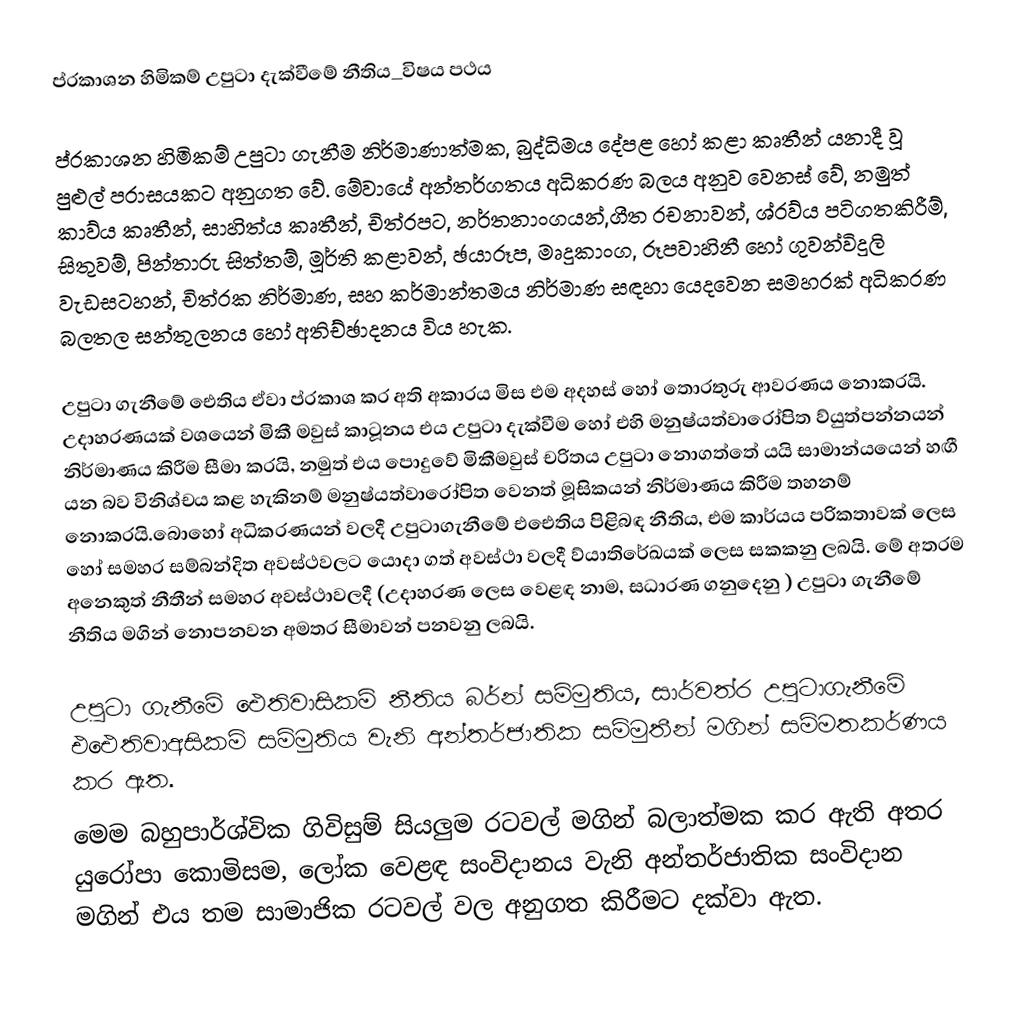
ප්රකාශන හිමිකම් උපුටා දැක්වීමේ නීතිය_විෂය පථය

ප්රකාශන හිමිකම් උපුටා ගැනීම නිර්මාණාත්මක, බුද්ධිමය දේපළ හෝ කළා කෘතීන් යනාදී වූ පුළුල් පරාසයකට අනුගත වේ. මේවායේ අන්තර්ගතය අධිකරණ බලය අනුව වෙනස් වේ, නමුත් කාව්ය කෘතීන්, සාහිත්ය කෘතීන්, චිත්රපට, නර්තනාංගයන්,ගීත රචනාවන්, ශ්රව්ය පටිගතකිරීම්, සිතුවම්, පින්තාරු සිත්තම්, මූර්ති කළාවන්, ඡයාරූප, මෘදුකාංග, රූපවාහිනී හෝ ගුවන්විදුලි වැඩසටහන්, චිත්රක නිර්මාණ, සහ කර්මාන්තමය නිර්මාණ සඳහා යෙදවෙන සමහරක් අධිකරණ බලතල සන්තුලනය හෝ අතිච්ඡාදනය විය හැක.

උපුටා ගැනීමේ ඓතිය ඒවා ප්රකාශ කර අති අකාරය මිස එම අදහස් හෝ තොරතුරු ආවරණය නොකරයි. උදාහරණයක් වශයෙන් මිකී මවුස් කාටූනය එය උපුටා දැක්වීම හෝ එහි මනුෂ්යත්වාරෝපිත ව්යුත්පන්නයන් නිර්මාණය කිරීම සීමා කරයි, නමුත් එය පොදුවේ මිකීමවුස් චරිතය උපුටා නොගත්තේ යයි සාමාන්යයෙන් හඟී යන බව විනිශ්චය කළ හැකිනම් මනුෂ්යත්වාරෝපිත වෙනත් මූසිකයන් නිර්මාණය කිරීම තහනම් නොකරයි.බොහෝ අධිකරණයන් වලදී උපුටාගැනීමේ එඓතිය පිළිබඳ නීතිය, එම කාර්යය පරිකතාවක් ලෙස හෝ සමහර සම්බන්දිත අවස්ථවලට  යොදා ගත් අවස්ථා වලදී ව්යාතිරේඛයක් ලෙස සකකනු ලබයි. මේ අතරම අනෙකුත් නීතීන් සමහර අවස්ථාවලදී (උදාහරණ ලෙස වෙළඳ නාම, සධාරණ ගනුදෙනු ) උපුටා ගැනීමේ නීතිය මගින් නොපනවන අමතර සීමාවන් පනවනු ලබයි.

උපුටා ගැනීමේ ඓතිවාසිකම් නීතිය බර්න් සම්මුතිය, සාර්වත්ර උපුටාගැනීමේ එඓතිවාඅසිකම් සම්මුතිය වැනි අන්තර්ජාතික සම්මුතීන් මගින් සම්මතකර්ණය කර ඇත.
මෙම බහුපාර්ශ්වික ගිවිසුම් සියලුම රටවල් මගින් බලාත්මක කර ඇති අතර යුරෝපා කොමිසම, ලෝක වෙළඳ සංවිදානය වැනි අන්තර්ජාතික සංවිදාන මගින් එය තම සාමාජික රටවල් වල අනුගත කිරීමට දක්වා ඇත.